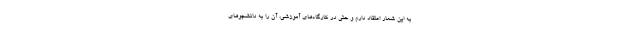
به این شعار اعتقاد دارم و حتی در کارگاه‌های آموزشی، آن را به دانشجوهای